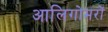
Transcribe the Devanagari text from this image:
आलिगोमरों